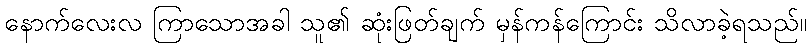
နောက်လေးလ ကြာသောအခါ သူ၏ ဆုံးဖြတ်ချက် မှန်ကန်ကြောင်း သိလာခဲ့ရသည်။